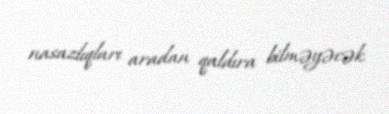
nasazlıqları aradan qaldıra bilməyəcək.